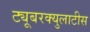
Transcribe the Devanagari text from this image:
ट्यूबरक्युलाटीस